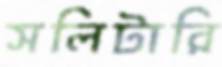
সলিটারি